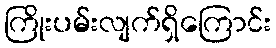
ကြိုးပမ်းလျက်ရှိကြောင်း